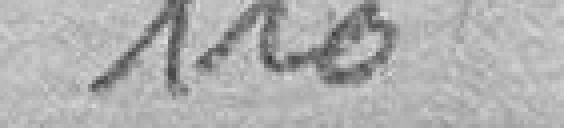
110